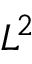
L ^ { 2 }